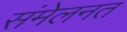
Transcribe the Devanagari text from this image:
संमेलनत